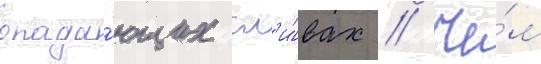
опада́ющих сл'и́вах // Че́м